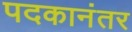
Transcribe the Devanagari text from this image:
पदकानंतर